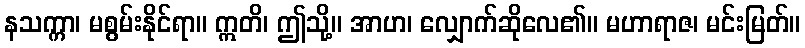
နသက္ကာ၊ မစွမ်းနိုင်ရာ။ ဣတိ၊ ဤသို့။ အာဟ၊ လျှောက်ဆိုလေ၏။ မဟာရာဇ၊ မင်းမြတ်။